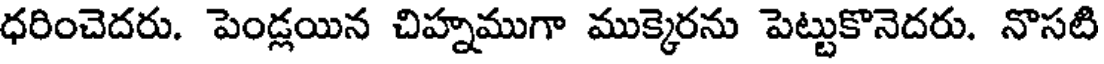
ధరించెదరు. పెండ్లయిన చిహ్నముగా ముక్కెరను పెట్టుకొనెదరు. నొసటి